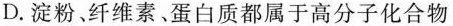
D.淀粉、纤维素、蛋白质都属于高分子化合物